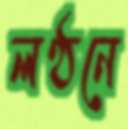
লণ্ঠনে